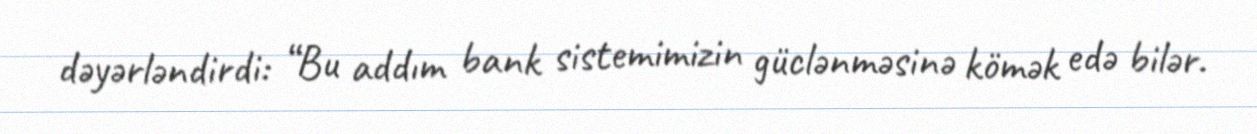
dəyərləndirdi: “Bu addım bank sistemimizin güclənməsinə kömək edə bilər.